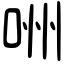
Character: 㖄